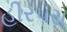
હીરપરા